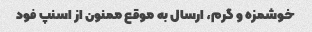
خوشمزه و گرم، ارسال به موقع ممنون از اسنپ فود